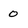
Character: 0